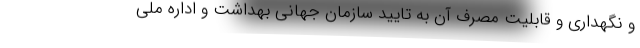
و نگهداری و قابلیت مصرف آن به تایید سازمان جهانی بهداشت و اداره ملی